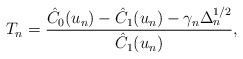
LaTeX: \begin{align*} T_n=\frac{\hat{C}_0(u_n)-\hat{C}_1(u_n)-\gamma_n\Delta_n^{1/2}}{\hat{C}_1(u_n)},\end{align*}